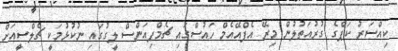
ކިއްސަރު ކަޕްގެ ގުރުއަތުލުން މިރޭ އެފްއޭއެމް ހައުސްގައި ޗެމްޕިއަންސް ލީގުގައި ނުކުޅުމަކީ ޗެލްސީއަށް